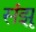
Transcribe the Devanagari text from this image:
संझू